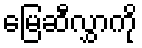
မြေဆီလွှာကို